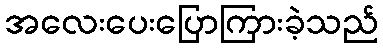
အလေးပေးပြောကြားခဲ့သည်